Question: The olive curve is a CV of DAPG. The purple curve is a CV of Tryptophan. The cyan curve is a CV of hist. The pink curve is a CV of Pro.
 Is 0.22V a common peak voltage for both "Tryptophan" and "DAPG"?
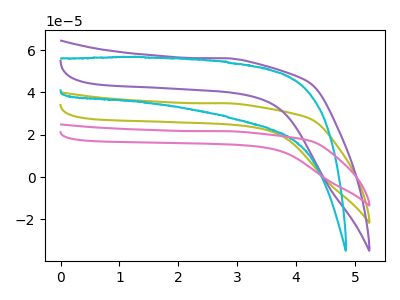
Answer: <think>The olive curve "DAPG" has no peaks. The purple curve "Tryptophan" has no peaks. The cyan curve "hist" has no peaks. The pink curve "Pro" has no peaks.</think>
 <answer>No, "Tryptophan" and "DAPG" dont share a peak at 0.22V.</answer>
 <eval>mismatch</eval>